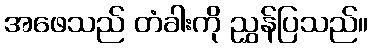
အဖေသည် တံခါးကို ညွှန်ပြသည်။